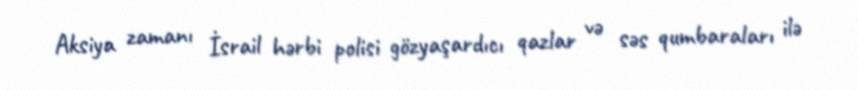
Aksiya zamanı İsrail hərbi polisi gözyaşardıcı qazlar və səs qumbaraları ilə